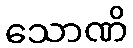
သောဏိ